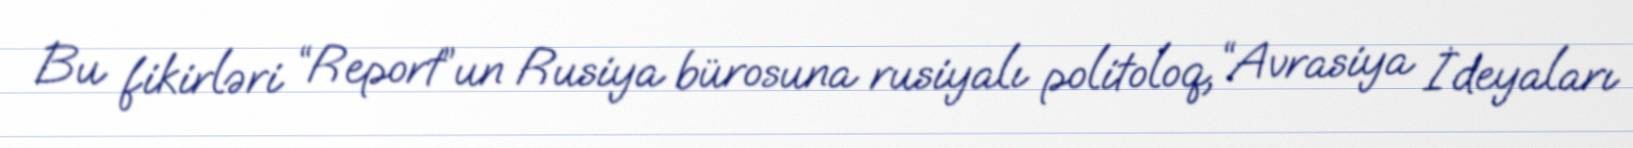
Bu fikirləri “Report”un Rusiya bürosuna rusiyalı politoloq, “Avrasiya İdeyaları